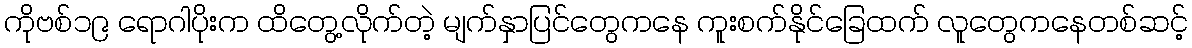
ကိုဗစ်၁၉ ရောဂါပိုးက ထိတွေ့လိုက်တဲ့ မျက်နှာပြင်တွေကနေ ကူးစက်နိုင်ခြေထက် လူတွေကနေတစ်ဆင့်